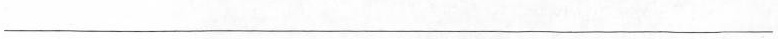
___